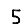
Digit: 5